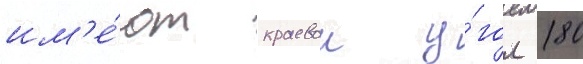
им'е́ют краевои у́гол 180